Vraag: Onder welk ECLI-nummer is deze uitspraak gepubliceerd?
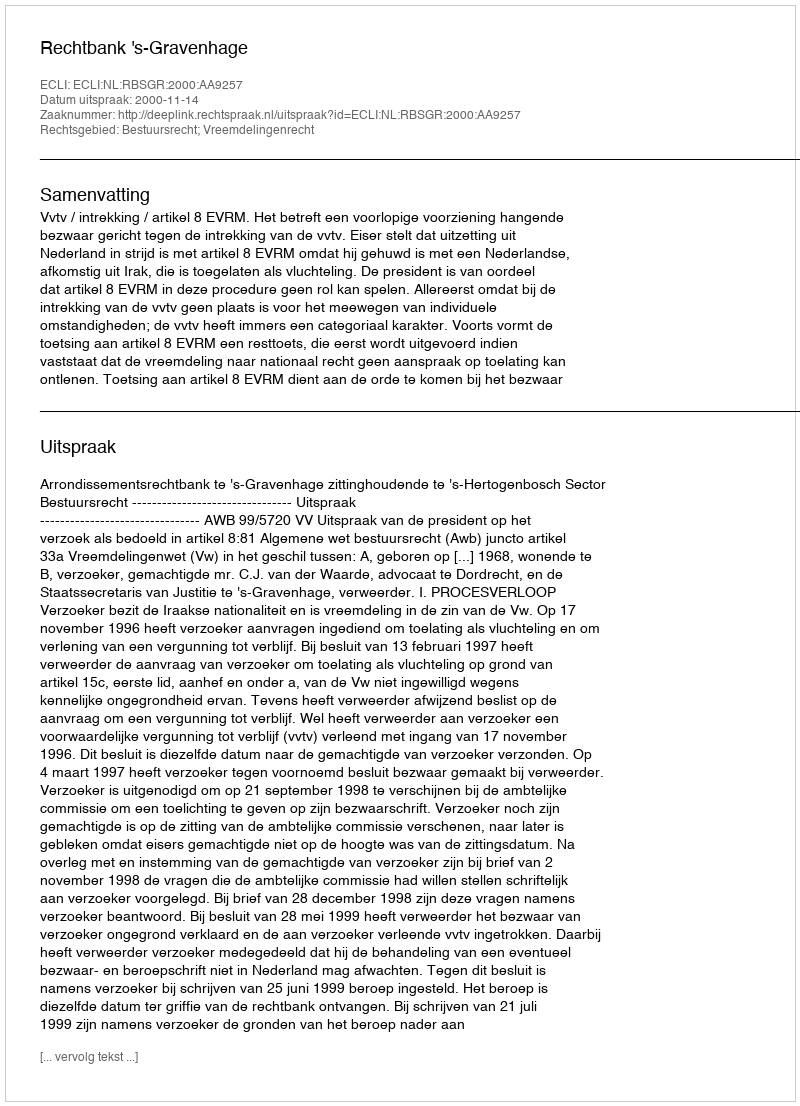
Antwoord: ECLI:NL:RBSGR:2000:AA9257